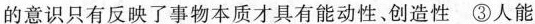
的意识只有反映了事物本质才具有能动性、创造性 ③人能